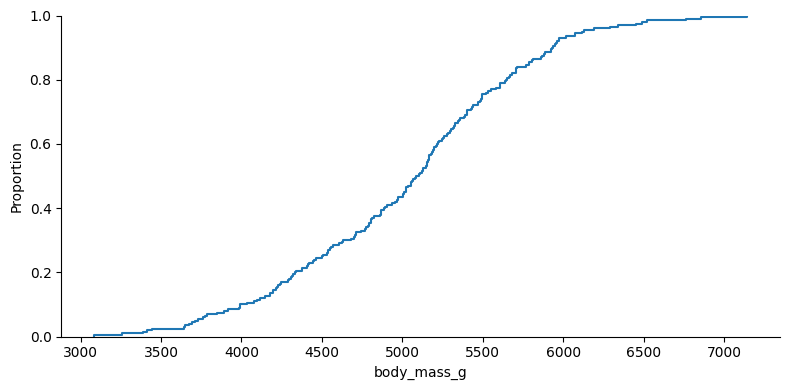
python, seaborn, displot, kind='ecdf', column='body_mass_g', hue='all', height=4, aspect=2.0